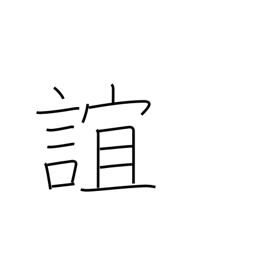
Meaning: intimacy